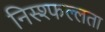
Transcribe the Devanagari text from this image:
निस्श्फल्लता